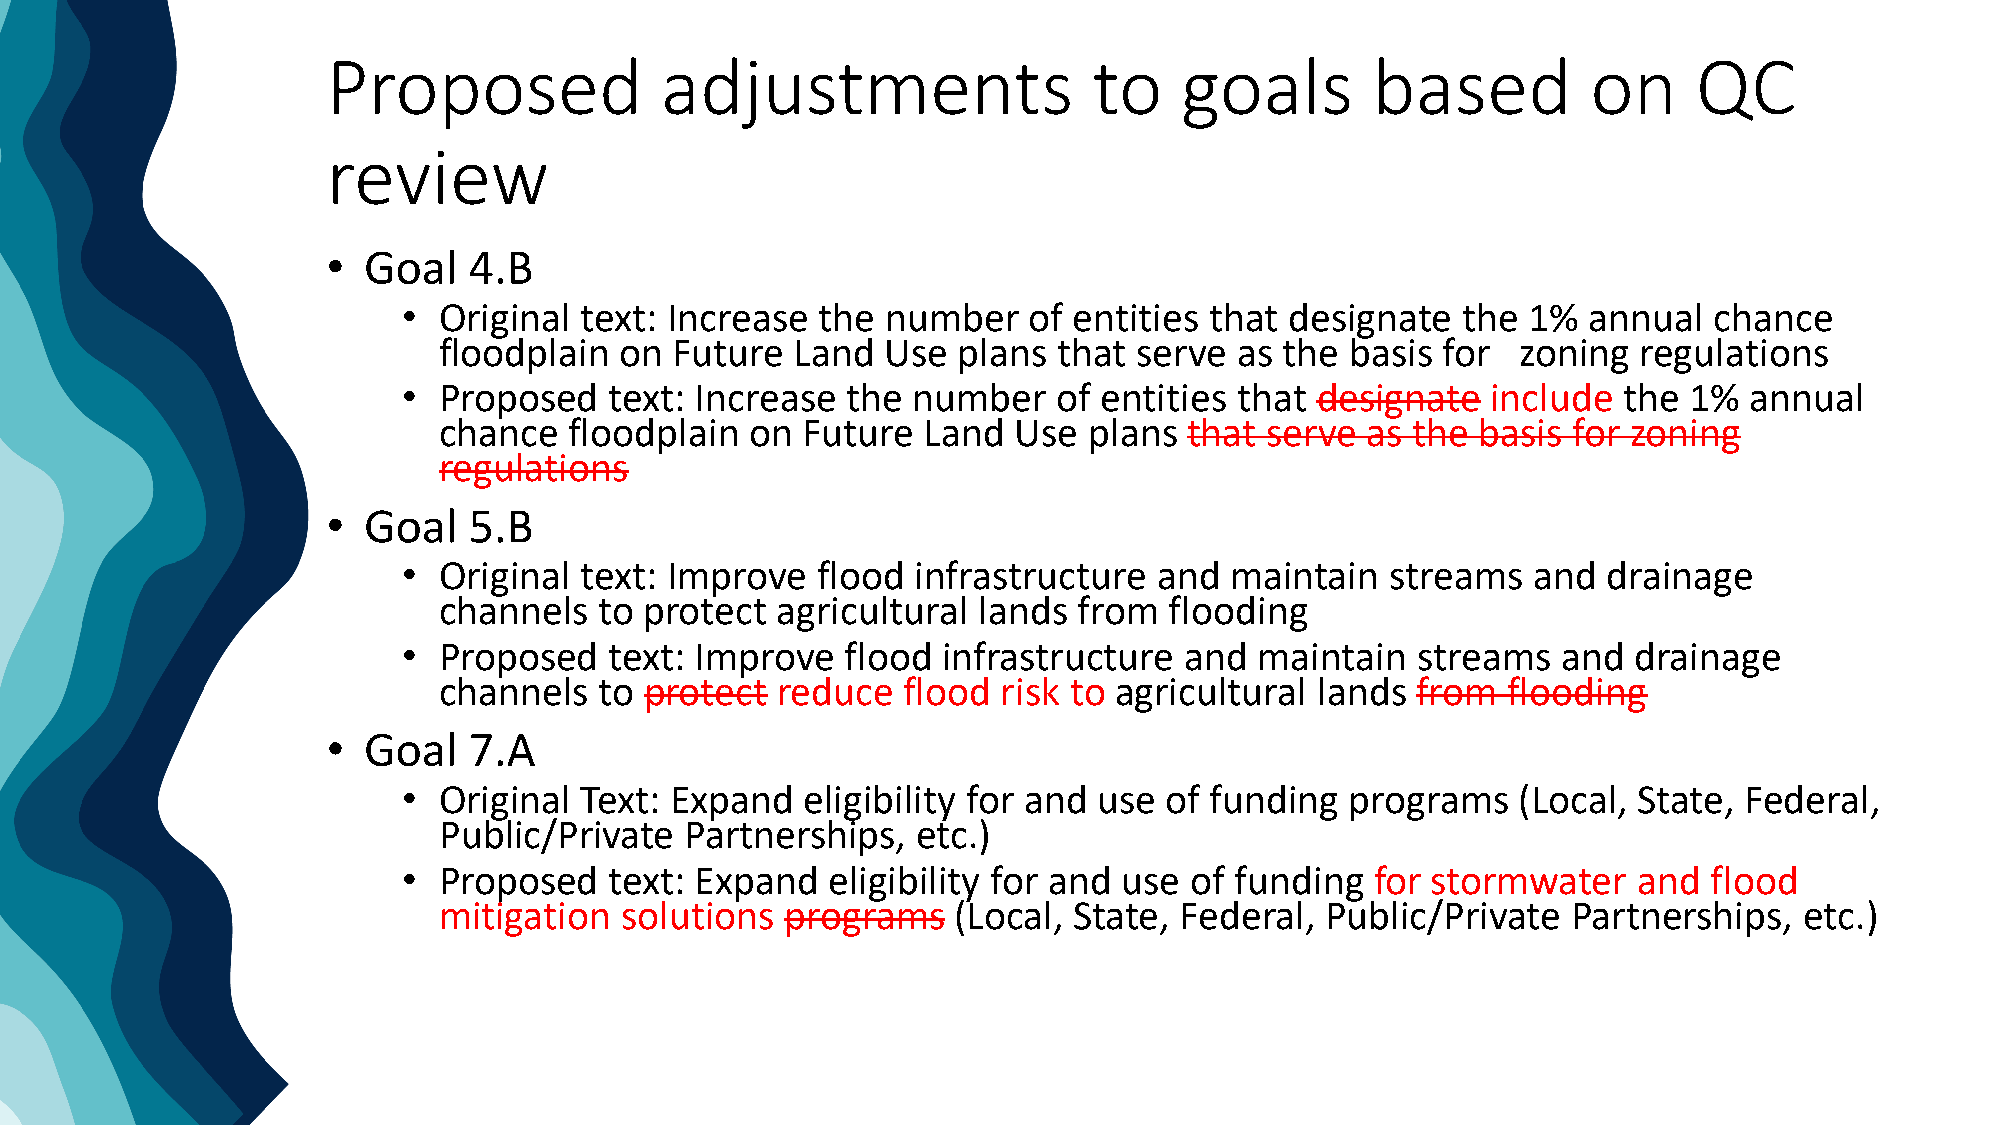
Proposed              adjustments                 to    goals        based         on     QC
 review
 • Goal   4.B
 • Original text: Increase  the  number   of entities that designate   the 1%  annual  chance
 floodplain  on  Future  Land  Use plans  that serve  as the basis  for  zoning regulations
 • Proposed   text: Increase  the number    of entities that designate   include the  1%  annual
 chance   floodplain  on Future  Land  Use  plans  that serve as the  basis for zoning
 regulations
 • Goal   5.B
 • Original text: Improve   flood  infrastructure  and maintain   streams  and  drainage
 channels   to protect agricultural  lands from  flooding
 • Proposed   text: Improve   flood infrastructure  and  maintain   streams  and  drainage
 channels   to protect reduce   flood risk to agricultural lands  from  flooding
 • Goal   7.A
 • Original Text: Expand   eligibility for and use of funding  programs    (Local, State, Federal,
 Public/Private  Partnerships,   etc.)
 • Proposed   text: Expand   eligibility for and use of funding  for stormwater   and  flood
 mitigation  solutions  programs   (Local, State, Federal,  Public/Private  Partnerships,  etc.)